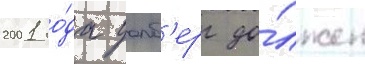
2001 го́да уолб'ерг до́лжен